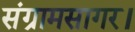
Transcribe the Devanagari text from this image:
संग्रामसागर।